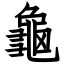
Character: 龜